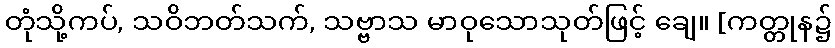
တုံသို့ကပ်, သဝိဘတ်သက်, သဗ္ဗာသ မာဝုသောသုတ်ဖြင့် ချေ။ [ကတ္တုန၌